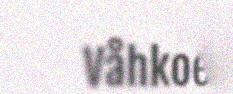
Våhkoe